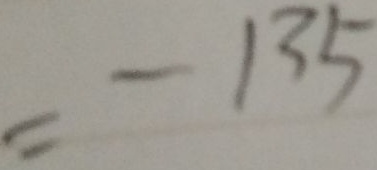
= - 1 3 5